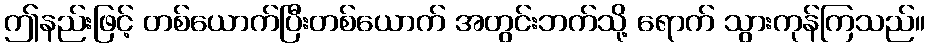
ဤနည်းဖြင့် တစ်ယောက်ပြီးတစ်ယောက် အတွင်းဘက်သို့ ရောက် သွားကုန်ကြသည်။